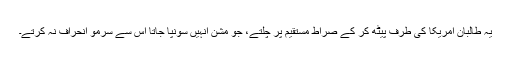
یہ طالبان امریکا کی طرف پیٹھ کر کے صراط مستقیم پر چلتے، جو مشن انہیں سونپا جاتا اس سے سرمو انحراف نہ کرتے۔